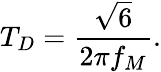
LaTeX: T_{D}={\frac{\sqrt{6}}{2\pi f_{M}}}.